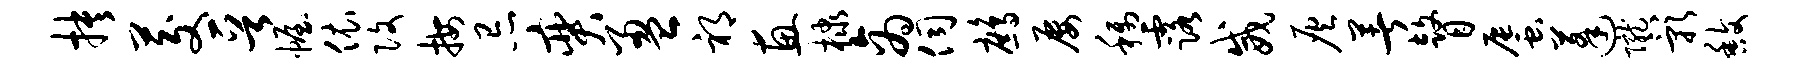
抉茭晋幄依改按忌奕盈祁惠棣商伺鹧屡称露威灰著瞽蜃蓬陇影馥